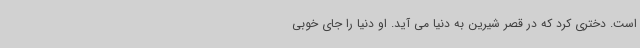
است. دختری کرد که در قصر شیرین به دنیا می آید. او دنیا را جای خوبی